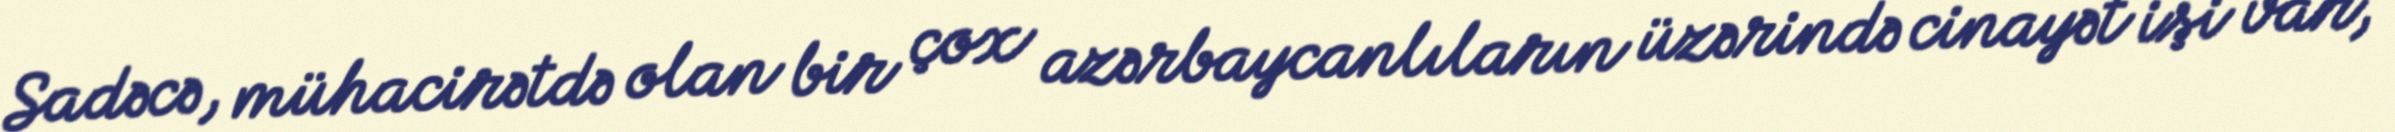
Sadəcə, mühacirətdə olan bir çox azərbaycanlıların üzərində cinayət işi var,